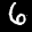
Label: 6